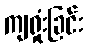
ကျရှုံးခြင်း